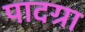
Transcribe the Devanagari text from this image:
पादग्रा